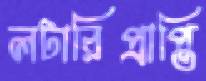
লটারিপ্রাপ্তি